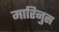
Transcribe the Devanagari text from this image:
मारिनुस